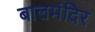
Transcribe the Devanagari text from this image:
बालमंदिर